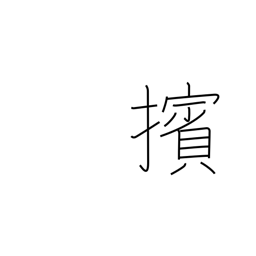
Meaning: push (people) back